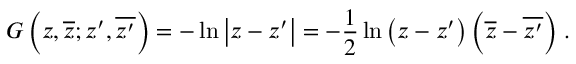
G \left( z , \overline { { { z } } } ; z ^ { \prime } , \overline { { { z ^ { \prime } } } } \right) = - \ln { \left| z - z ^ { \prime } \right| } = - { \frac { 1 } { 2 } } \ln { \left( z - z ^ { \prime } \right) \left( \overline { { z } } - \overline { { { z ^ { \prime } } } } \right) } \; .